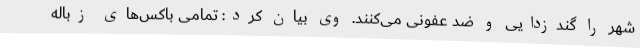
شهر را گندزدایی و ضد عفونی می‌کنند. وی بیان کرد: تمامی باکس‌های زباله